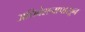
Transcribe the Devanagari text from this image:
अधिवेशनापासून